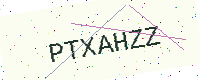
Text: PTXAHZZ